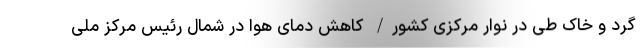
گرد و خاک طی در نوار مرکزی کشور/ کاهش دمای هوا در شمال رئیس مرکز ملی